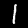
Digit: 1